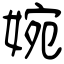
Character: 婉